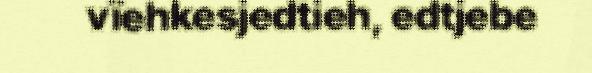
vïehkesjedtieh, edtjebe